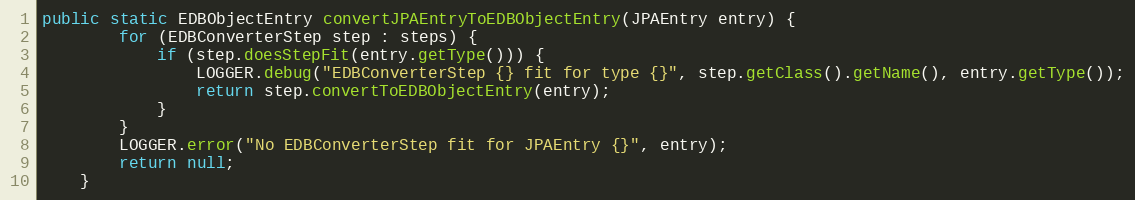
Language: Java
public static EDBObjectEntry convertJPAEntryToEDBObjectEntry(JPAEntry entry) {
        for (EDBConverterStep step : steps) {
            if (step.doesStepFit(entry.getType())) {
                LOGGER.debug("EDBConverterStep {} fit for type {}", step.getClass().getName(), entry.getType());
                return step.convertToEDBObjectEntry(entry);
            }
        }
        LOGGER.error("No EDBConverterStep fit for JPAEntry {}", entry);
        return null;
    }